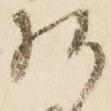
何